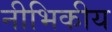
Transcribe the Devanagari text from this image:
नीभिकीय